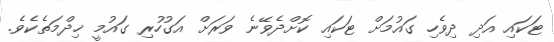
ޓަކައި އަދި ދިވެހި ގައުމަށް ޓަކައި ކޮށްދެވޭނެ ވަރަށް އަގުހުރި ގައުމީ ޚިދްމަތެކެެވެ.